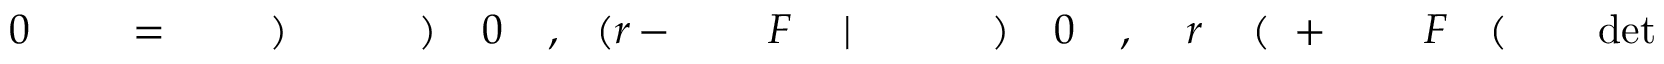
\! \! \! \! \! \! \! \! \! \! \! \operatorname* { d e t } \! \! \! \! \! \! \! \! \! \! \! \! \! \! \! \! \! \! \! \! \! \! \! \! ( \! \! \! \! \! \! \! \! \! \! \! \! F \! \! \! \! \! \! \! \! \! \! \! \! ^ { \! } \! \! \! \! \! \! \! \! \! \! \! + \! \! \! \! \! \! \! \! \! \! \! \! ( \! \! \! \! \! \! \! \! \! \! \! \! r \! \! \! \! \! \! \! \! \! \! \! \! , \! \! \! \! \! \! \! \! \! \! \! \! 0 \! \! \! \! \! \! \! \! \! \! \! \! ) \! \! \! \! \! \! \! \! \! \! \! \! \! \! \! \! \! \! \! \! \! \! \! \! | \! \! \! \! \! \! \! \! \! \! \! \! F \! \! \! \! \! \! \! \! \! \! \! \! ^ { \! } \! \! \! \! \! \! \! \! \! \! \! - \! \! \! \! \! \! \! \! \! \! \! \! ( r \! \! \! \! \! \! \! \! \! \! \! \! , \! \! \! \! \! \! \! \! \! \! \! \! 0 \! \! \! \! \! \! \! \! \! \! \! \! ) \! \! \! \! \! \! \! \! \! \! \! \! \! \! \! \! \! \! \! \! \! \! \! \! ) \! \! \! \! \! \! \! \! \! \! \! \! \! \! \! \! \! \! \! \! \! \! \! \! = \! \! \! \! \! \! \! \! \! \! \! \! \! \! \! \! \! \! \! \! \! \! \! \! 0 \! \! \! \! \! \! \! \! \! \! \!